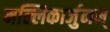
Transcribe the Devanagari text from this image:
मल्लिकार्जुनम्